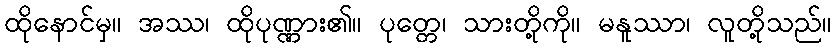
ထိုနောင်မှ။ အဿ၊ ထိုပုဏ္ဏား၏။ ပုတ္တေ၊ သားတို့ကို။ မနူဿာ၊ လူတို့သည်။